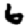
Digit: 6